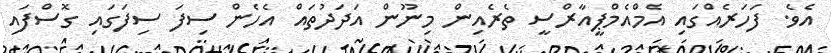
އެވެ. ފަހަރެއްގައި އެމްއެމްޕީއާރްސީ ތެރެއިން މިނޫން އަދަދުތައް އެހެން ސިފަ ސިފަގައި ގޮސްފައި